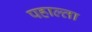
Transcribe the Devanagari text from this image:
पहाल्ता